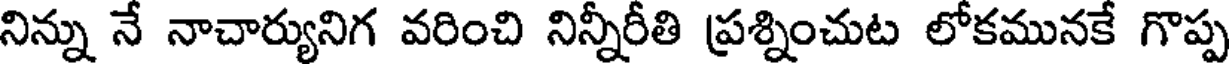
నిన్ను నే నాచార్యునిగ వరించి నిన్నీరీతి ప్రశ్నించుట లోకమునకే గొప్ప